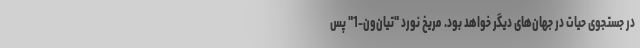
در جستجوی حیات در جهان‌های دیگر خواهد بود. مریخ نورد "تیان‌ون-1" پس